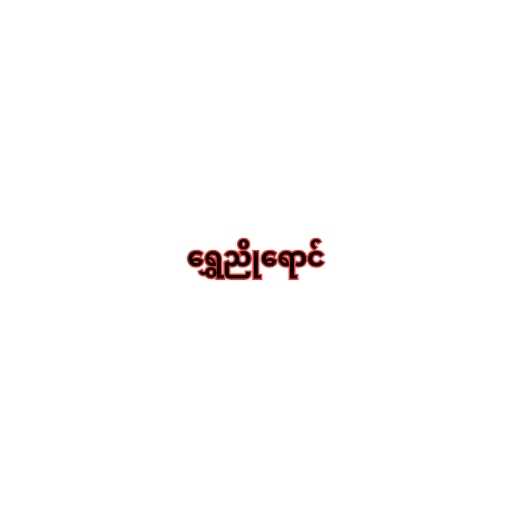
ရွှေညိုရောင်